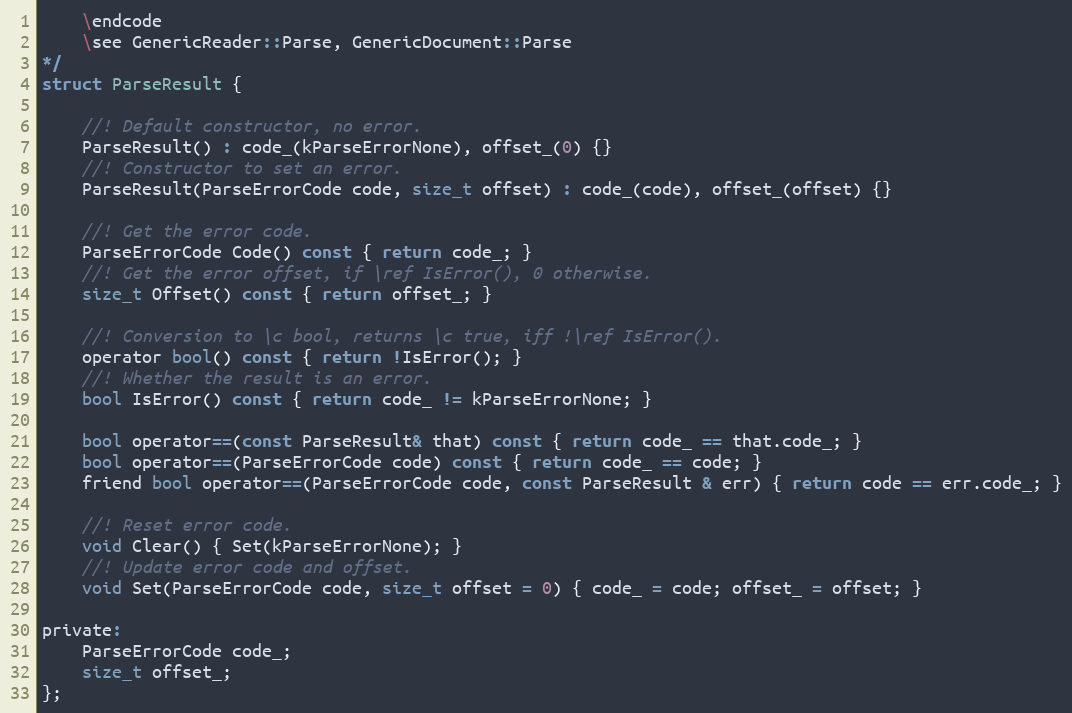
Language: C
    \endcode
    \see GenericReader::Parse, GenericDocument::Parse
*/
struct ParseResult {

    //! Default constructor, no error.
    ParseResult() : code_(kParseErrorNone), offset_(0) {}
    //! Constructor to set an error.
    ParseResult(ParseErrorCode code, size_t offset) : code_(code), offset_(offset) {}

    //! Get the error code.
    ParseErrorCode Code() const { return code_; }
    //! Get the error offset, if \ref IsError(), 0 otherwise.
    size_t Offset() const { return offset_; }

    //! Conversion to \c bool, returns \c true, iff !\ref IsError().
    operator bool() const { return !IsError(); }
    //! Whether the result is an error.
    bool IsError() const { return code_ != kParseErrorNone; }

    bool operator==(const ParseResult& that) const { return code_ == that.code_; }
    bool operator==(ParseErrorCode code) const { return code_ == code; }
    friend bool operator==(ParseErrorCode code, const ParseResult & err) { return code == err.code_; }

    //! Reset error code.
    void Clear() { Set(kParseErrorNone); }
    //! Update error code and offset.
    void Set(ParseErrorCode code, size_t offset = 0) { code_ = code; offset_ = offset; }

private:
    ParseErrorCode code_;
    size_t offset_;
};